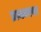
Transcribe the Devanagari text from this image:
प्रत्यमरवर